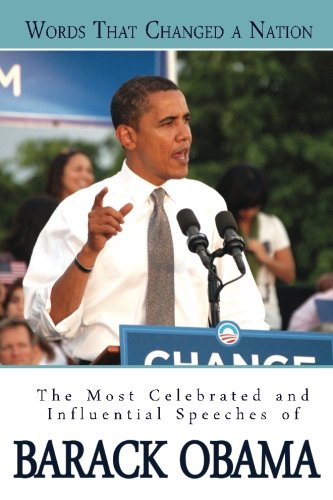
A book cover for Words That Changed A Nation: The Most Celebrated and Influential Speeches of Barack Obama; Barack Obama; Literature & Fiction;